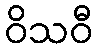
ဝိသဝီ